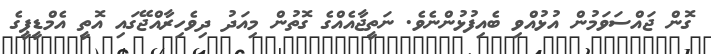
ގޮން ޖައްސަވަމުން އުޅުއްވި ބެއިފުޅުންނެވެ. ނަތީޖާއެއްގެ ގޮތުން މިއަދު ދިވެހިރާއްޖޭގައި އޮތީ އެމްޑީޕީގެ